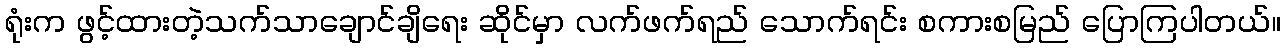
ရုံးက ဖွင့်ထားတဲ့သက်သာချောင်ချိရေး ဆိုင်မှာ လက်ဖက်ရည် သောက်ရင်း စကားစမြည် ပြောကြပါတယ်။